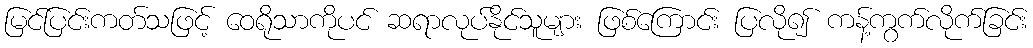
မြင်ပြင်းကတ်သဖြင့် ဝေရိုသာကိုပင် ဆရာလုပ်နိုင်သူများ ဖြစ်ကြောင်း ပြလို၍ ကန့်ကွက်လိုက်ခြင်း